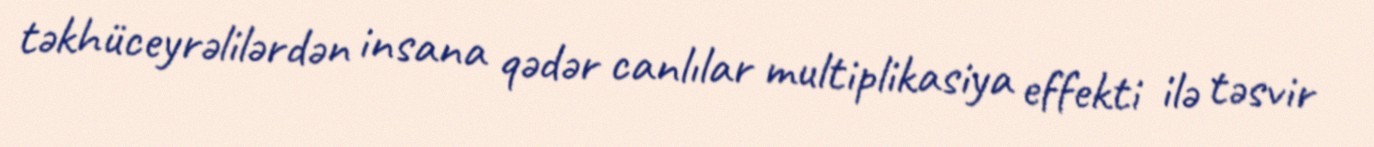
təkhüceyrəlilərdən insana qədər canlılar multiplikasiya effekti ilə təsvir